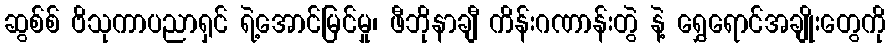
ဆွစ်စ် ဗိသုကာပညာရှင် ရဲ့အောင်မြင်မှု၊ ဖီဘိုနာချီ ကိန်းဂဏာန်းတွဲ နဲ့ ရွှေရောင်အချိုးတွေကို